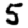
Digit: 5